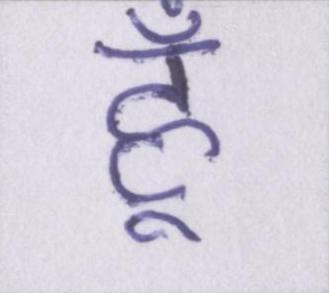
हूँ